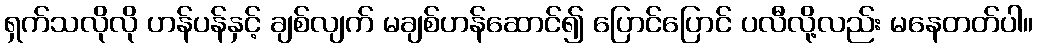
ရှက်သလိုလို ဟန်ပန်နှင့် ချစ်လျက် မချစ်ဟန်ဆောင်၍ ပြောင်ပြောင် ပလီလို့လည်း မနေတတ်ပါ။